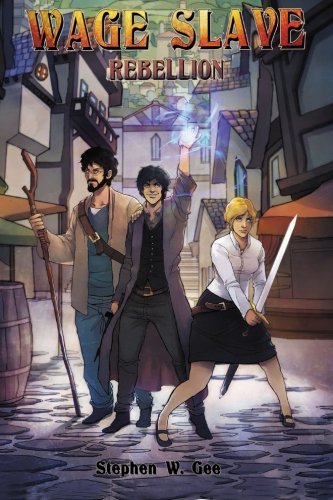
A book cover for Wage Slave Rebellion (Firesign) (Volume 1); Stephen W. Gee; Science Fiction & Fantasy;